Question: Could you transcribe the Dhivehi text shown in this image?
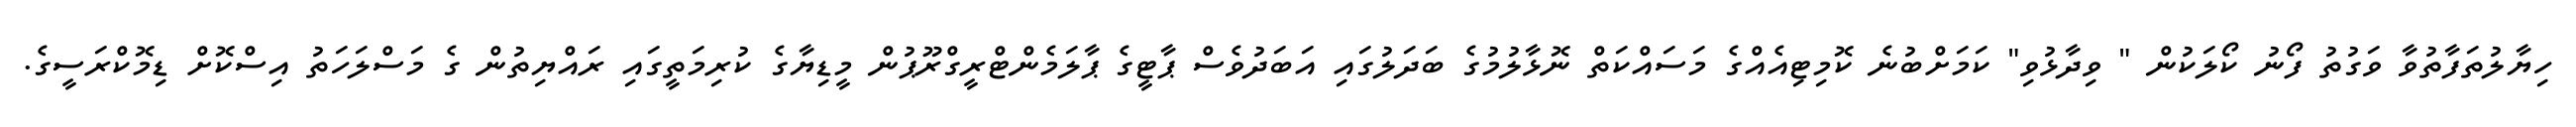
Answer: ހިޔާލުތަފާތުވާ ވަގުތު ފޯނު ކޯލަކުން " ވިދާޅުވި" ކަމަށްބުނެ ކޮމިޓިއެއްގެ މަސައްކަތް ނޮޅާލުމުގެ ބަދަލުގައި އަބަދުވެސް ޕާޓީގެ ޕާލަމެންޓްރީގްރޫޕުން މީޑިޔާގެ ކުރިމަތީގައި ރައްޔިތުން ގެ މަސްލަހަތު އިސްކޮށް ޑިމޮކްރަސީގެ.